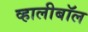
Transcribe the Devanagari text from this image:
व्हालीबॉल